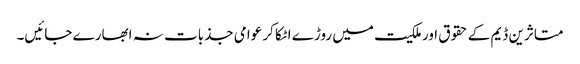
متاثرین ڈیم کے حقوق اور ملکیت میں روڑے اٹکا کر عوامی جذبات نہ ابھارے جائیں۔